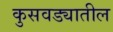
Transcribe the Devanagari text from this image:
कुसवड्यातील